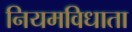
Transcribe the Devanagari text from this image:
नियमविधाता